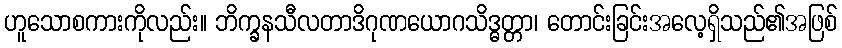
ဟူသောစကားကိုလည်း။ ဘိက္ခနသီလတာဒိဂုဏယောဂသိဒ္ဓတ္တာ၊ တောင်းခြင်းအလေ့ရှိသည်၏အဖြစ်